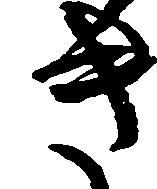
き